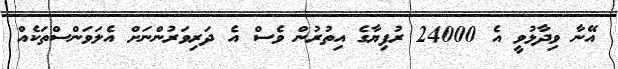
އޭނާ ވިދާޅުވީ އެ 24000 ރުފިޔާގެ އިތުރުން ވެސް އެ ދަރިވަރުންނަށް އެލަވަންސްތަކެއް